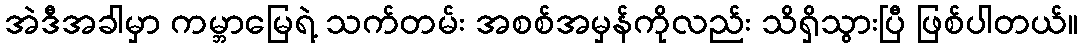
အဲဒီအခါမှာ ကမ္ဘာမြေရဲ့ သက်တမ်း အစစ်အမှန်ကိုလည်း သိရှိသွားပြီ ဖြစ်ပါတယ်။